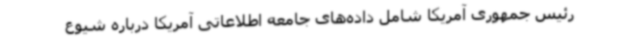
رئیس جمهوری آمریکا شامل داده‌های جامعه اطلاعاتی آمریکا درباره شیوع